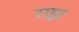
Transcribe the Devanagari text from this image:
राह्म